Papers set at the Examination for Leaving Certificates, 1891
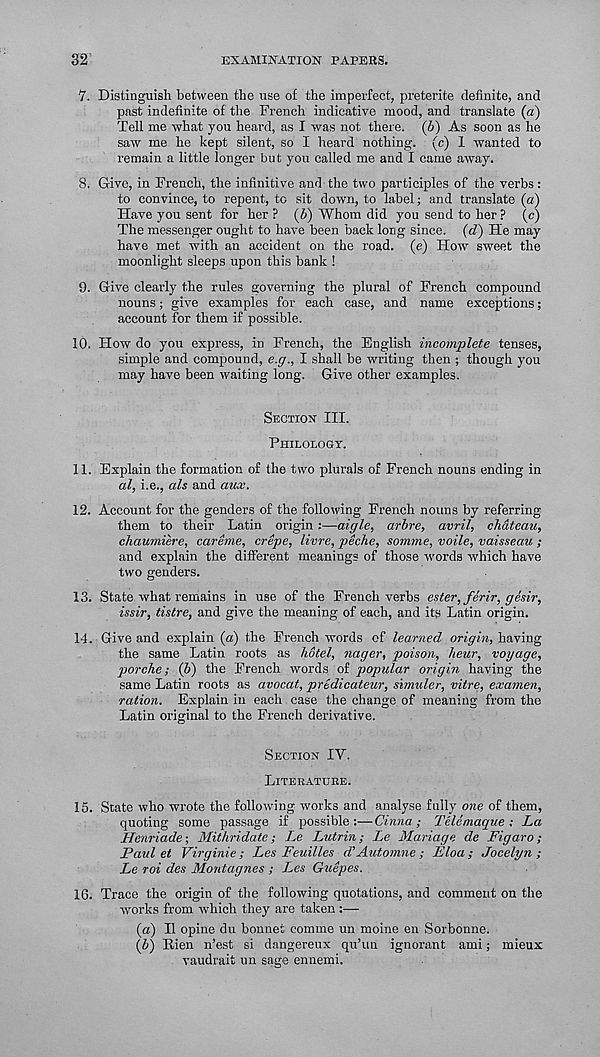
32
EXAMINATION PAPERS.
7. Distinguish between the use of the imperfect, preterite definite, and
past indefinite of the French indicative mood, and translate (a)
Tell me what you heard, as I was not there. (6) As soon as he
saw me he kept silent, so I heard nothing, (c) 1 wanted to
remain a little longer but you called me and I came away.
8. Give, in French, the infinitive and the two participles of the verbs:
to convince, to repent, to sit down, to label; and translate (a)
Have you sent for her ? (6) Whom did you send to her ? (c)
The messenger ought to have been back long since, (d) He may
have met with an accident on the road, (e) How sweet the
moonlight sleeps upon this bank !
9. Give clearly the rules governing the plural of French compound
nouns; give examples for each case, and name exceptions;
account for them if possible.
10. How do you express, in French, the English incomplete tenses,
simple and compound, e.p., I shall be writing then ; though you
may have been waiting long. Give other examples.
Section III.
Philology.
11. Explain the formation of the two plurals of French nouns ending in
al, i.e., als and aux.
12. Account for the genders of the following French nouns by referring
them to their Latin origin :—aigle, arbre, avril, chateau,
chaumiere, careme, crepe, livre, peche, somme, voile, vaisse.au ;
and explain the different meanings of those words which have
two genders.
13. State what remains in use of the French verbs ester, ferir, gesir,
issir, tistre, and give the meaning of each, and its Latin origin.
14. Give and explain (a) the French words of learned origin, having
the same Latin roots as hotel, nager, poison, heur, voyage,
porche; (b) the French words of popular origin having the
same Latin roots as avocat, predicateur, simuler, vitre, examen,
ration. Explain in each case the change of meaning from the
Latin original to the French derivative.
Section IY.
Literature.
15. State who wrote the following works and analyse fully one of them,
quoting some passage if possible :—Cinna; Telemaque ; La
Jlejiria.de; Mithridate; l.e Lutrin; Le Mariage de Figaro;
Paul et Virginie ; Les Feuilles d’Automne; Eloa ; Jocelyn ;
Le roi des Montagues ; Les Guepes.
16. Trace the origin of the following quotations, and comment on the
works from which they are taken:—
(а) II opine du bonnet comme un moine en Sorbonne.
(б) Rien n’est si dangereux qu’un ignorant ami; mieux
vaudrait un sage ennemi.